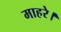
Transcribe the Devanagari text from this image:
माहरे।